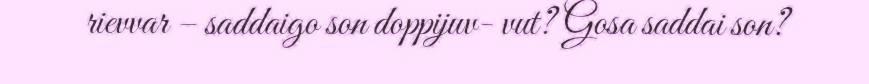
rievvar – saddaigo son doppijuv- vut? Gosa saddai son?